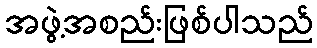
အဖွဲ့အစည်းဖြစ်ပါသည်